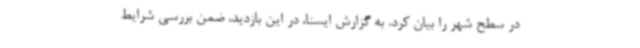
در سطح شهر را بیان کرد. به گزارش ایسنا، در این بازدید، ضمن بررسی شرایط